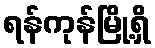
ရန်ကုန်မြို့ရှိ